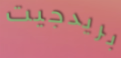
بريدجيت